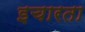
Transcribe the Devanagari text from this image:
इचारता